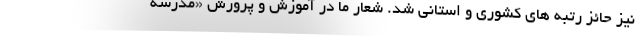
نیز حائز رتبه های کشوری و استانی شد. شعار ما در آموزش و پرورش «مدرسه